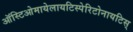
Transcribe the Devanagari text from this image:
ऑस्टिओमायेलायटिस्पेरिटोनायटिस्